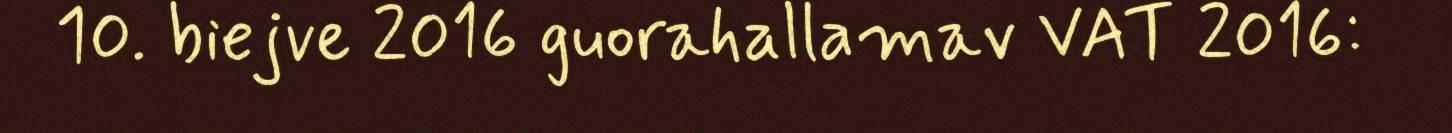
10. biejve 2016 guorahallamav VAT 2016: